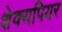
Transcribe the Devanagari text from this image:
शेक्यपियर